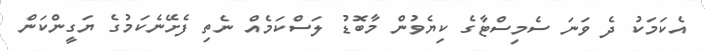
އެކަމަކު ދެ ވަނަ ސެމިސްޓާގެ ކިޔެވުން މާބޮޑު ލަސްކަމެއް ނެތި ފެށޭނެކަމުގެ ޔަގީންކަން